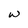
Character: w